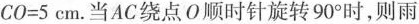
$$CO=5cm$$。当AC绕点O顺时针旋转90^{\circ}时，则雨